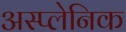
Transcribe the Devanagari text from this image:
अस्प्लेनिक